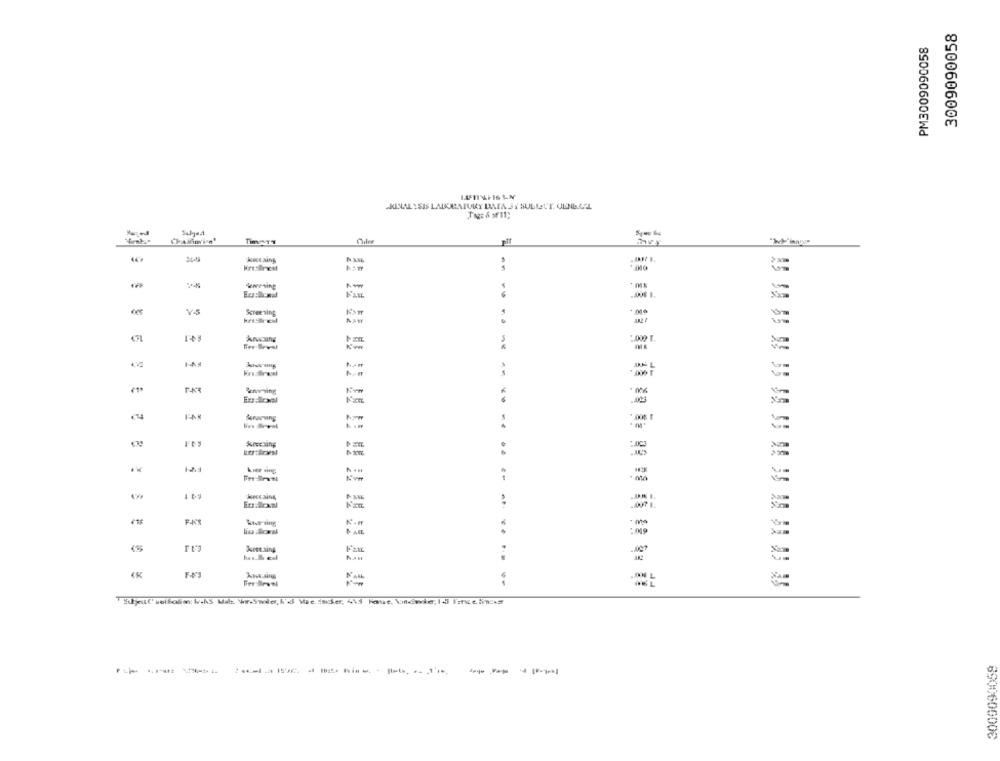
3009090058
PM3009090058
CKINAL YSIS LADURATURY DATA JI SULLETT. ULNILAL
kecesing
-
Fax
Screening
WEBrest
182 7
ASW
kocaing
1.000 1.
· Ma
Meccaing
FAS
M.m
--
:019
Kees aing
Nan
.. ............
Sjut' sololo WAS Mit Vr-Swie, I'd Wie Inder, 415 Fase, newle, 15 Intelnas
------
6900606006